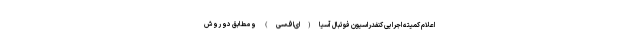
اعلام کمیته اجرایی کنفدراسیون فوتبال آسیا(ای‌اف‌سی) و مطابق دو روش